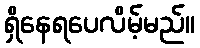
ရှိနေရပေလိမ့်မည်။